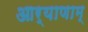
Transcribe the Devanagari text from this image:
आर्याणाम्